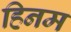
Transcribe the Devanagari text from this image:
हिनम